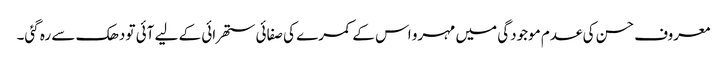
معروف حسن کی عدم موجودگی میں مہرو اس کے کمرے کی صفائی ستھرائی کے لیے آئی تو دھک سے رہ گئی۔